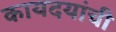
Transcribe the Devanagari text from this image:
कायदयांची